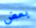
بعض